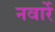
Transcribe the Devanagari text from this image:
नवार्रे